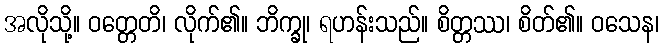
အလိုသို့။ ဝတ္တေတိ၊ လိုက်၏။ ဘိက္ခု၊ ရဟန်းသည်။ စိတ္တဿ၊ စိတ်၏။ ဝသေန၊